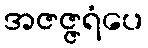
အဇဇ္ဇရံပေ